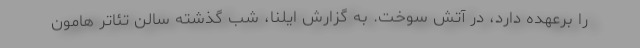
را برعهده دارد، در آتش سوخت. به گزارش ایلنا، شب گذشته سالن تئاتر هامون